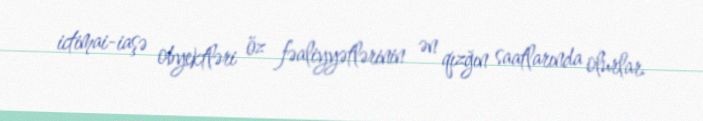
ictimai-iaşə obyektləri öz fəaliyyətlərinin ən qızğın saatlarında olurlar.